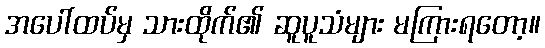
အပေါ်ထပ်မှ သားထိုက်၏ ဆူပူသံများ မကြားရတော့။